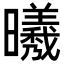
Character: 𣌀